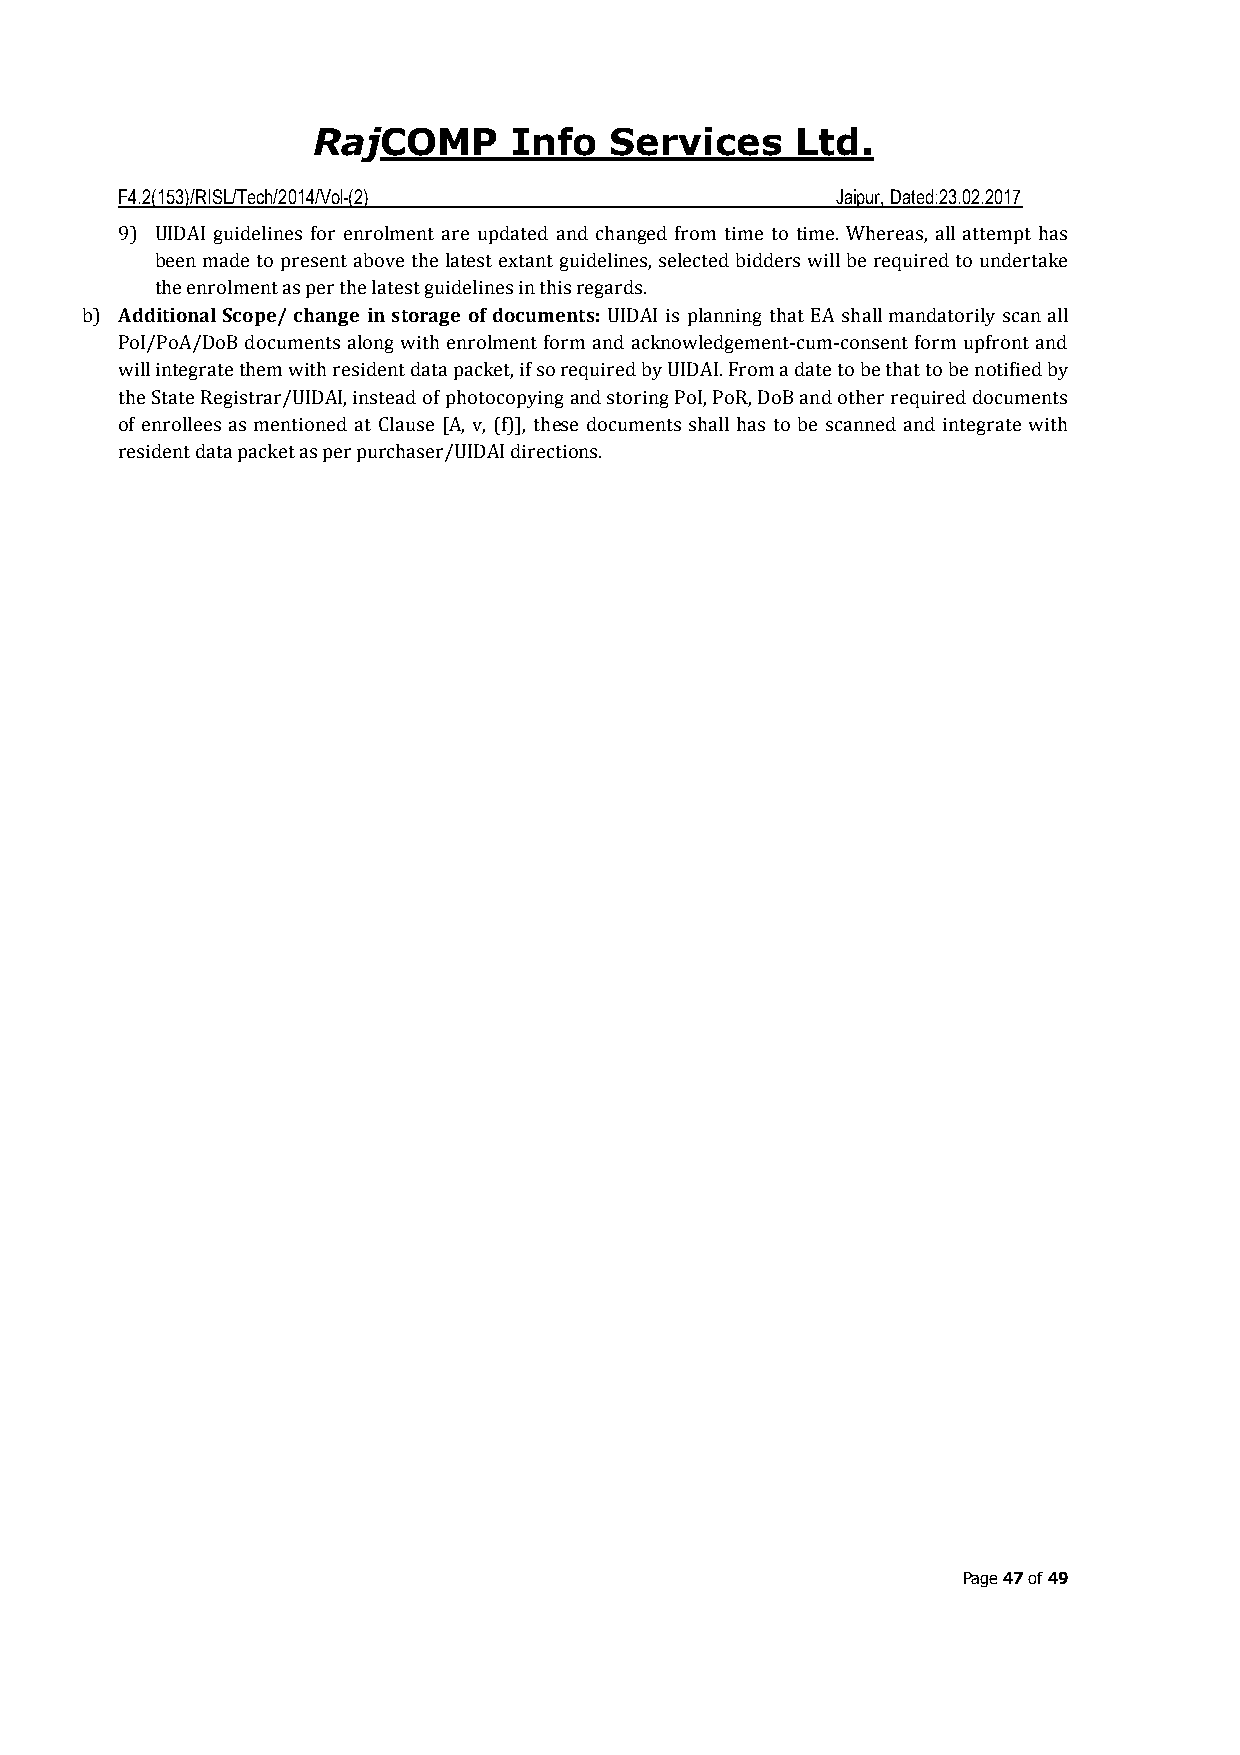
COMP     Info  Services     Ltd.
 Raj
 F4.2(153)/RISL/Tech/2014/Vol-(2)               Jaipur, Dated:23.02.2017
 9) UIDAI guidelines for enrolment are updated and changed from time to time. Whereas, all attempt has
 been made to present above the latest extant guidelines, selected bidders will be required to undertake
 the enrolment as per the latest guidelines in this regards.
 b) Additional Scope/ change in storage of documents: UIDAI is planning that EA shall mandatorily scan all
 PoI/PoA/DoB documents along with enrolment form and acknowledgement‐cum‐consent form upfront and
 will integrate them with resident data packet, if so required by UIDAI. From a date to be that to be notified by
 the State Registrar/UIDAI, instead of photocopying and storing PoI, PoR, DoB and other required documents
 of enrollees as mentioned at Clause [A, v, (f)], these documents shall has to be scanned and integrate with
 resident data packet as per purchaser/UIDAI directions.
 Page 47 of 49